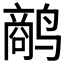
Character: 𱊥